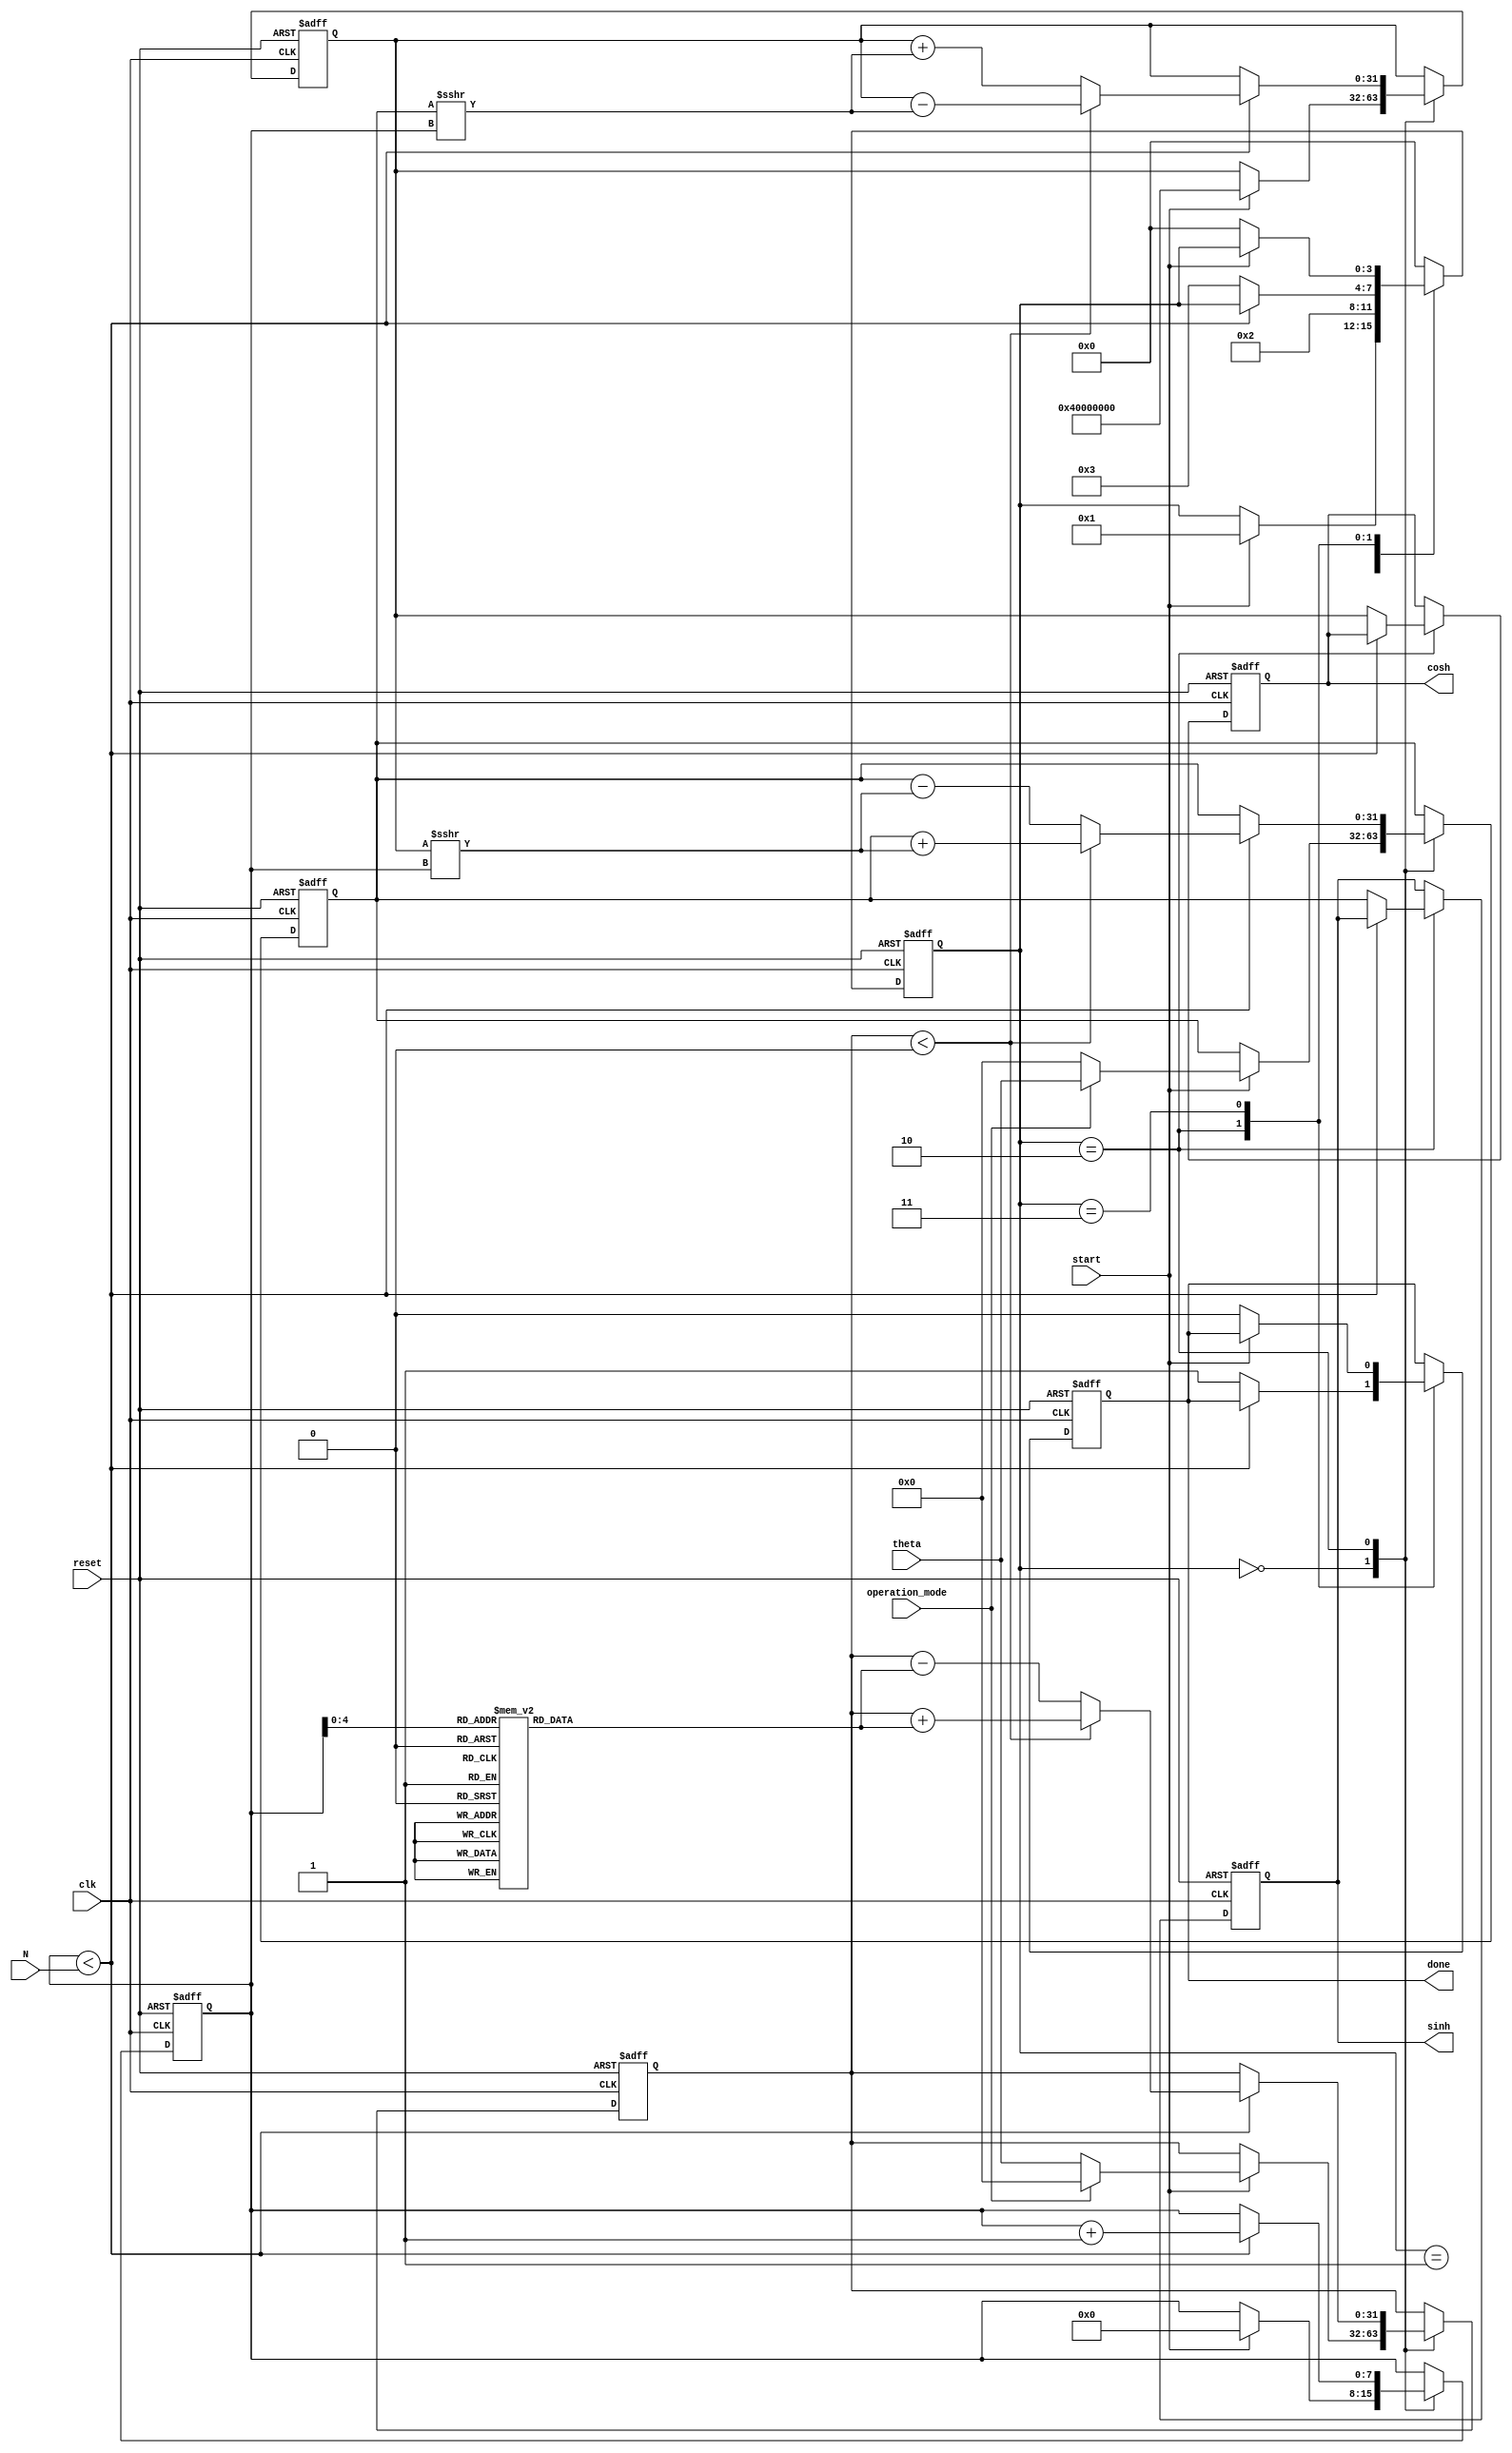
module hyperbolic_cordic (
    input wire clk,
    input wire reset,
    input wire start,
    input wire [31:0] theta,        // Fixed-point representation of angle 
    input wire [7:0] N,             // Iteration count
    input wire operation_mode,       // 0: forward (sinh/cosh), 1: inverse (arsinh/arcosh)
    output reg [31:0] sinh,          // Output for hyperbolic sine
    output reg [31:0] cosh,          // Output for hyperbolic cosine
    output reg done                  // Completion status
);

// Internal registers
reg [31:0] x_reg;                 // X register
reg [31:0] y_reg;                 // Y register
reg [31:0] z_reg;                 // Z register
reg [7:0] iter_count;             // Current iteration count
reg [3:0] state;                  // State for the finite state machine

// Parameters for state machine
localparam IDLE          = 4'd0;
localparam INIT          = 4'd1;
localparam ITERATE       = 4'd2;
localparam COMPLETE      = 4'd3;

// Rotation angle table for hyperbolic functions (arctanh values)
reg [31:0] atan_table [0:31];    // Pre-computed values for arctanh of angles

initial begin
    // Initialize rotation angles (these values will depend on your precision requirements)
    atan_table[0] = 32'h3F800000;  // arctanh(1) = 1.0
    atan_table[1] = 32'h3F4665B3;  // arctanh(0.5)
    atan_table[2] = 32'h3E4CCDA2;  // arctanh(0.25)
    // Add more angles as needed for more iterations
end

// Control Logic
always @(posedge clk or posedge reset) begin
    if (reset) begin
        state <= IDLE;
        done <= 0;
        sinh <= 0;
        cosh <= 0;
        x_reg <= 0;
        y_reg <= 0;
        z_reg <= 0;
        iter_count <= 0;
    end else begin
        case (state)
            IDLE: begin
                if (start) begin
                    // Initialize registers
                    x_reg <= 32'h40000000; // Initial x = 2 (fixed-point)
                    y_reg <= operation_mode ? theta : 0; // y =  or 0 depending on mode
                    z_reg <= operation_mode ? 0 : theta; // z = 0 or 
                    iter_count <= 0;
                    state <= INIT;
                end
            end
            
            INIT: begin
                // Move to iterate state to start the calculation
                state <= ITERATE;
            end
            
            ITERATE: begin
                if (iter_count < N) begin
                    // Perform CORDIC update based on the current z_reg
                    if (z_reg < 0) begin
                        // Subtract
                        x_reg <= x_reg - (y_reg >>> iter_count);
                        y_reg <= y_reg + (x_reg >>> iter_count);
                        z_reg <= z_reg + atan_table[iter_count];
                    end else begin
                        // Add
                        x_reg <= x_reg + (y_reg >>> iter_count);
                        y_reg <= y_reg - (x_reg >>> iter_count);
                        z_reg <= z_reg - atan_table[iter_count];
                    end
                    
                    iter_count <= iter_count + 1;
                end else begin
                    // Complete the operation
                    cosh <= x_reg; // Final x_reg is cosh()
                    sinh <= y_reg; // Final y_reg is sinh()
                    done <= 1;
                    state <= COMPLETE;
                end
            end
            
            COMPLETE: begin
                // Return to IDLE to wait for the next input
                if (!start) begin
                    state <= IDLE;
                    done <= 0; 
                end
            end
            
            default: state <= IDLE;
        endcase
    end
end

endmodule